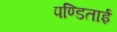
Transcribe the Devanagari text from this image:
पण्डिताई